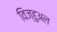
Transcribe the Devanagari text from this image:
विज्हुअल